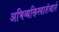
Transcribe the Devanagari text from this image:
अभिव्यक्तिस्वातंत्र्याने